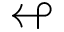
\looparrowleft